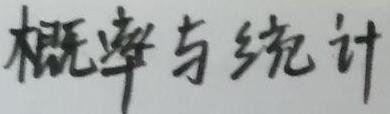
概率与统计